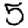
Digit: 5